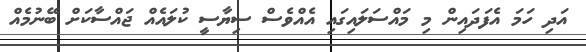
އަދި ހަމަ އެފަދައިން މި މައްސަލައިގައި އެއްވެސް ސިޔާސީ ކުލައެއް ޖައްސާކަށް ބޭނުމެއް